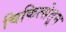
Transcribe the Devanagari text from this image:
चिकित्सेतून